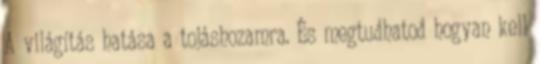
A világítás hatása a tojáshozamra. És megtudhatod hogyan kell